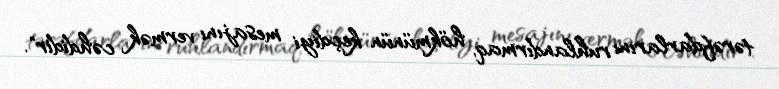
tərəfdarlarını ruhlandırmaq, hökmünün keçdiyi mesajını vermək cəhdidir".